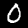
Digit: 0